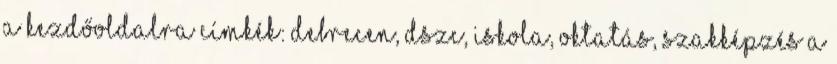
A KEZDŐOLDALRA Címkék: Debrecen, dszc, iskola, oktatás, szakképzés A